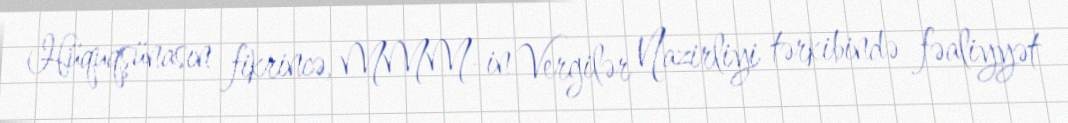
Hüquqşünasın fikrincə, MMM-in Vergilər Nazirliyi tərkibində fəaliyyət